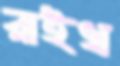
রাইখ